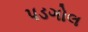
પડગોલ